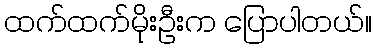
ထက်ထက်မိုးဦးက ပြောပါတယ်။